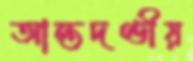
আন্তদণ্ডীয়